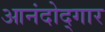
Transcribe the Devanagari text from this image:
आनंदोद्गार